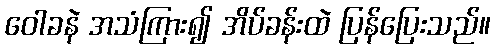
ဝေါခနဲ အသံကြား၍ အိပ်ခန်းထဲ ပြန်ပြေးသည်။